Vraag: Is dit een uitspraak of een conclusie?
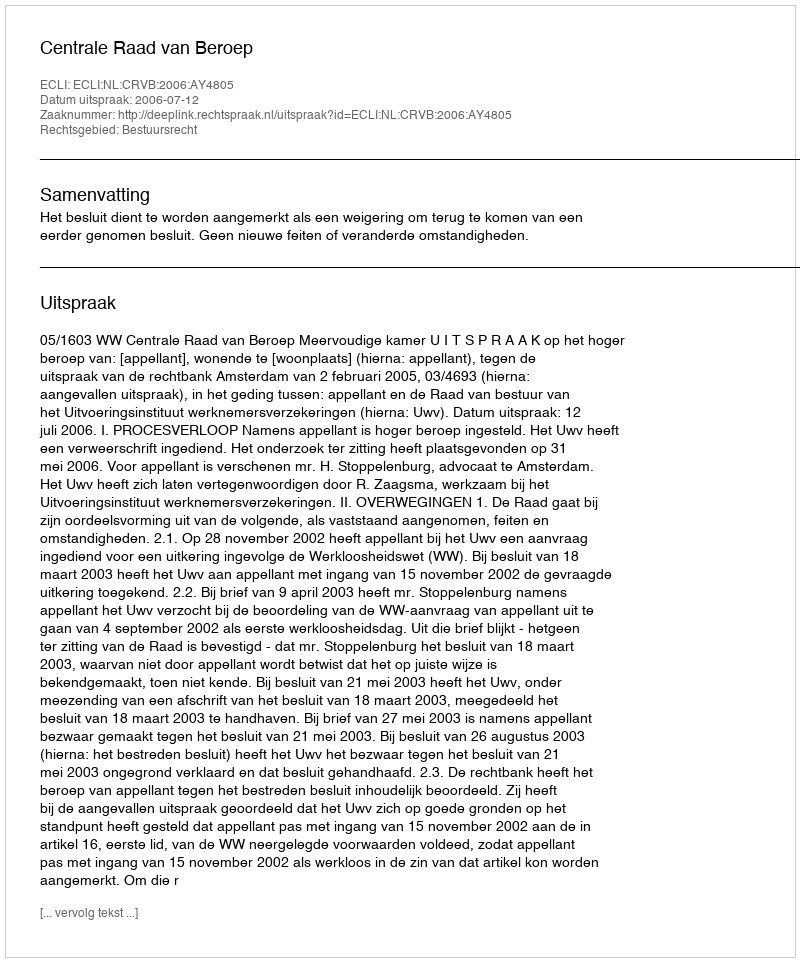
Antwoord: Uitspraak